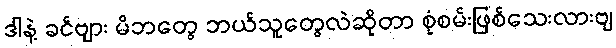
ဒါနဲ့ ခင်ဗျား မိဘတွေ ဘယ်သူတွေလဲဆိုတာ စုံစမ်းဖြစ်သေးလားဗျ